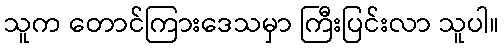
သူက တောင်ကြားဒေသမှာ ကြီးပြင်းလာ သူပါ။